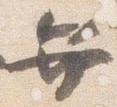
弁